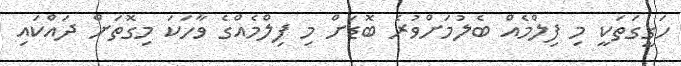
ހަގީގަތަކީ މި ފިލްމެއް ބެލުމަށްވުރެ ބޮޑަށް މި ފިލްމެއްގެ ވާހަކަ މިގޮތަށް ދައްކައި